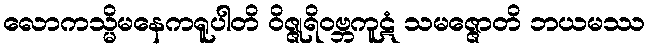
လောကသ္မိမနေကရူပါတိ ဝိဇ္ဇုရိဝဗ္ဘကူဋံ သမဇ္ဇောတိ ဘယမဿ